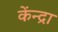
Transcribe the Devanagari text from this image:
केंन्द्रा